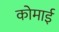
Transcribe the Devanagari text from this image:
कोमाई